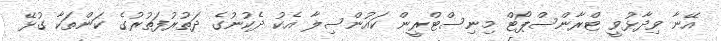
އޭނާ ވިދާޅުވީ ޓްރާންސްޕޯޓް މިނިސްޓްރީން ކައުންސިލާ އެކު ދެކުނުގެ ދަތުރުފަތުރުގެ ކަންތަކާ ގުޅޭ